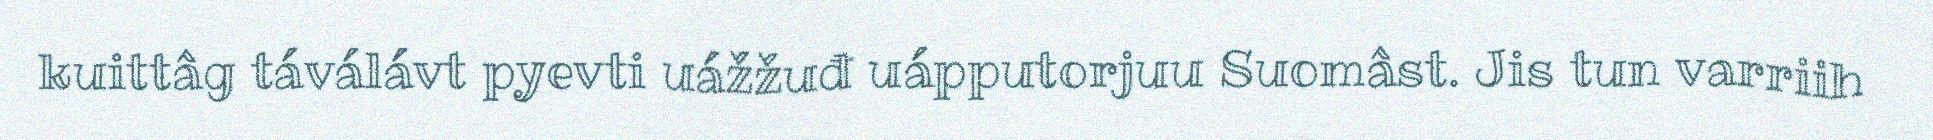
kuittâg táválávt pyevti uážžuđ uápputorjuu Suomâst. Jis tun varriih